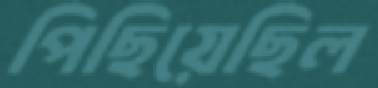
পিছিয়েছিল